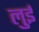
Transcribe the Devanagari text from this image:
लुुई